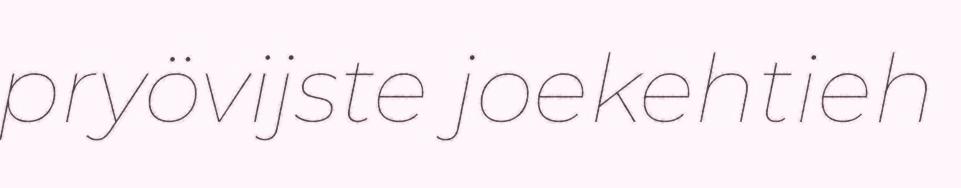
pryövijste joekehtieh